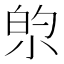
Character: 𫴿